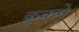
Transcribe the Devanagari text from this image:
कुकने